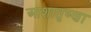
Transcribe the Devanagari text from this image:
आशातृष्णा